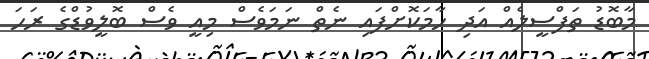
މާބޮޑު ތަފްސީލެއް އަދި ހާމަކޮށްފައި ނެތް ނަމަވެސް މިއީ ވެސް ބޮލީވުޑްގެ ރަހަ